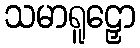
သမာရူဠှော